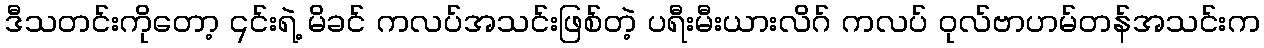
ဒီသတင်းကိုတော့ ၎င်းရဲ့ မိခင် ကလပ်အသင်းဖြစ်တဲ့ ပရီးမီးယားလိဂ် ကလပ် ဝုလ်ဗာဟမ်တန်အသင်းက